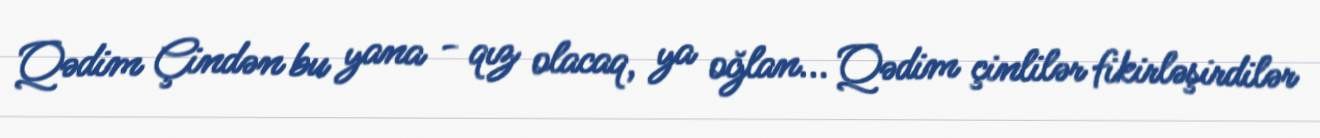
Qədim Çindən bu yana - qız olacaq, ya oğlan... Qədim çinlilər fikirləşirdilər